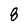
Character: 8